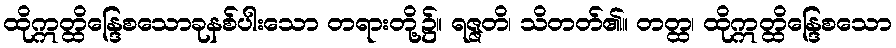
ထိုဣတ္ထိန္ဒြေစသောခုနစ်ပါးသော တရားတို့၌။ ရဇ္ဇတိ၊ သိတတ်၏။ တတ္ထ၊ ထိုဣတ္ထိန္ဒြေစသော